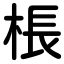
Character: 棖